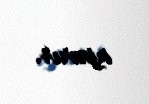
aparır.